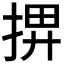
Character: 𢮅